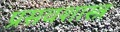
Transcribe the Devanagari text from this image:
प्रसवशास्त्र